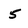
Character: 5